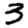
Digit: 3